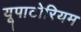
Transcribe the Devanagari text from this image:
यूपाटोरियम